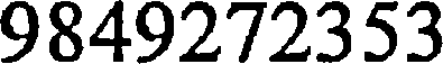
9849272353